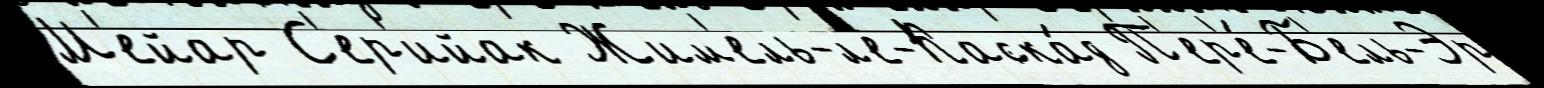
М'ейар С'ер'ийак Жим'ель-л'е-Каска́д П'ер'е́-Б'ель-Эр